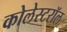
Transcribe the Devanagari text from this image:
कोलेस्टरॉल